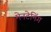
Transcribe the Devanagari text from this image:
मेनटेनिंग